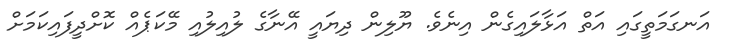
އަނގަމަތީގައި އަތް އަޅާލައިގެން އިނެވެ. ޔޫލިން ދިޔައީ އޭނާގެ ލުއިލުއި މޭކަޕެއް ކޮށްދީފައިކަމަށް